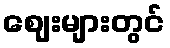
ဈေးများတွင်